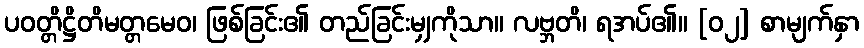
ပဝတ္တိဋ္ဌိတိမတ္တမေဝ၊ ဖြစ်ခြင်း၏ တည်ခြင်းမျှကိုသာ။ လဗ္ဘတိ၊ ရအပ်၏။ [၀၂] စာမျက်နှာ